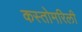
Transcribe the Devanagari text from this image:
कस्तोमरिली